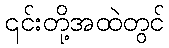
၎င်းတို့အထဲတွင်